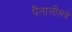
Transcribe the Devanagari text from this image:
पैंतालीसवें